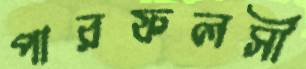
পারফলসী